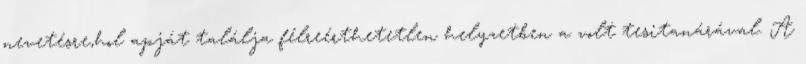
nevetésre,hol apját találja félreérthetetlen helyzetben a volt tesitanárával. A